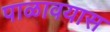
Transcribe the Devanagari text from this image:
पाळावयास